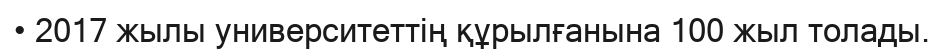
• 2017 жылы университеттің құрылғанына 100 жыл толады.